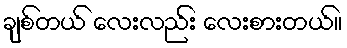
ချစ်တယ် လေးလည်း လေးစားတယ်။